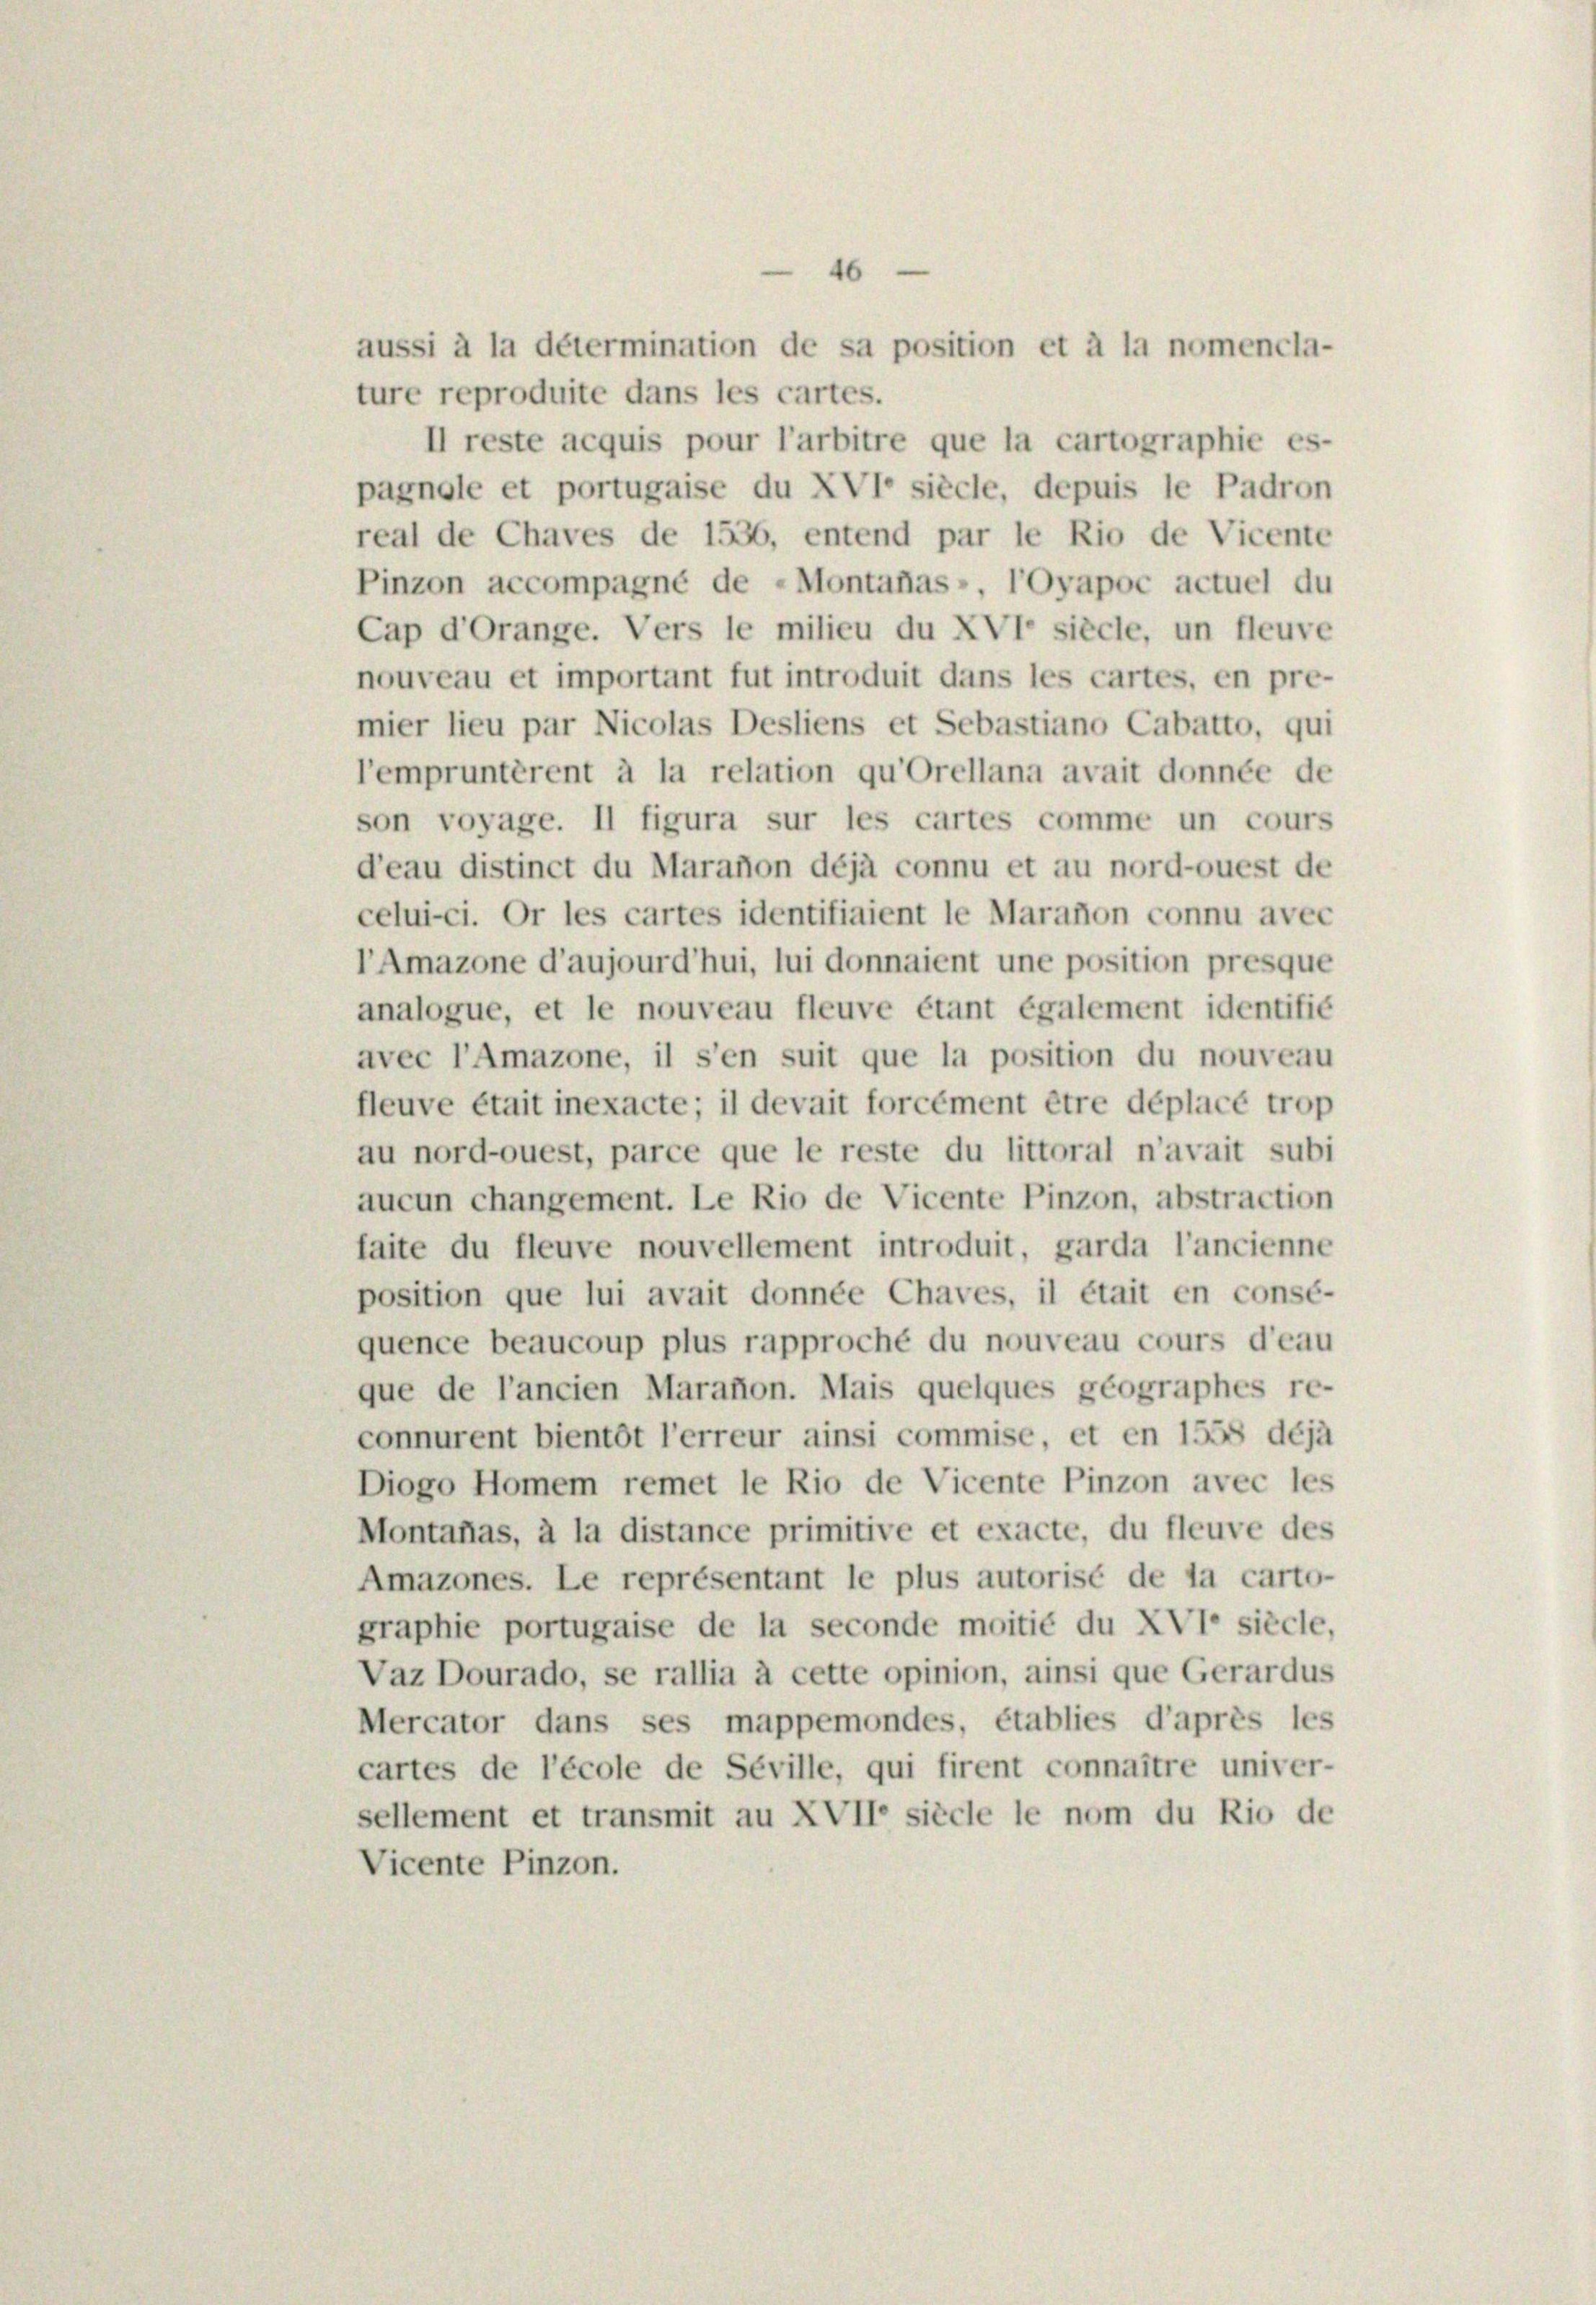
46
aussi à la détermination de sa position et à la nomencla-
ture reproduite dans les cartes.
Il reste acquis pour l’arbitre que la cartographie es-
pagnole et portugaise du XVI siècle, depuis le Padron
real de Chaves de 1536, entend par le Rio de Vicente
Pinzon accompagné de Montafas-, l’Oyapoc actuel du
Cap d’Orange. Vers le milieu du XVI siècle, un fleuve
nouveau et important fut introduit dans les cartes, en pre-
mier lieu par Nicolas Desliens et Sebastiano Cabatto, qui
l’empruntèrent à la relation qu’Orellana avait donnée de
son voyage. Il figura sur les cartes comme un cours
d’eau distinct du Maration déjà connu et au nord-ouest de
celui-ci. Or les cartes identifiaient le Maration connu avec
l’Amazone d’aujourd’hui, lui donnaient une position presque
analogue, et le nouveau fleuve étant également identifié
avec l’Amazone, il s’en suit que la position du nouveau
fleuve était inexacte ; il devait forcément être déplacé trop
au nord-ouest, parce que le reste du littoral n’avait subi
aucun changement. Le Rio de Vicente Pinzon, abstraction
faite du fleuve nouvellement introduit, garda l’ancienne
position que lui avait donnée Chaves, il était en consé-
quence beaucoup plus rapproché du nouveau cours d’eau
que de l’ancien Marafion. Mais quelques geographes re-
connurent bientôt l’erreur ainsi commise, et en 1558 déjà
Diogo Homem remet le Rio de Vicente Pinzon avec les
Montaflas, à la distance primitive et exacte, du fleuve des
Amazones. Le représentant le plus autorisé de la carto-
graphie portugaise de la seconde moitié du XVI siècle,
Vaz Dourado, se rallia à cette opinion, ainsi que Gerardus
Mercator dans ses mappemondes, établies d’après les
cartes de l’école de Seville, qui firent connaître univer-
sellement et transmit au XVII siècle le nom du Rio de
Vicente Pinzon.